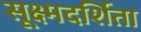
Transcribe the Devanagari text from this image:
सूक्ष्मदर्शिता